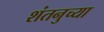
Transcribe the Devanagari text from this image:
शंतनुच्या